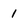
Character: 1